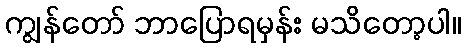
ကျွန်တော် ဘာပြောရမှန်း မသိတော့ပါ။